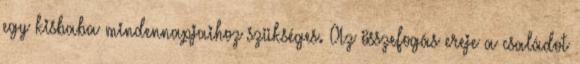
egy kisbaba mindennapjaihoz szükséges. Az összefogás ereje a családot